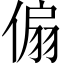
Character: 傓